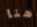
هنا